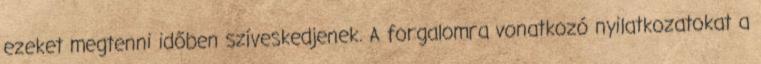
ezeket megtenni időben szíveskedjenek. A forgalomra vonatkozó nyilatkozatokat a